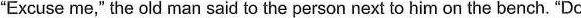
"Excuse me," the old man said to the person next to him on the bench. "Do